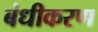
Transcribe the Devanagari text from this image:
बंधीकरण